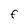
Character: F